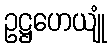
ဥဋ္ဌဟေယျုံ